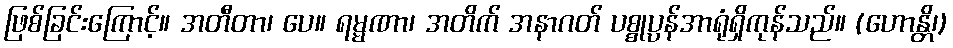
ဖြစ်ခြင်းကြောင့်။ အတီတာ၊ ပေ။ ရမ္မဏာ၊ အတိက် အနာဂတ် ပစ္စုပ္ပန်အာရုံရှိကုန်သည်။ (ဟောန္တိ၊)